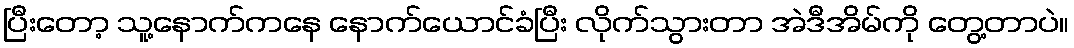
ပြီးတော့ သူ့နောက်ကနေ နောက်ယောင်ခံပြီး လိုက်သွားတာ အဲဒီအိမ်ကို တွေ့တာပဲ။